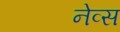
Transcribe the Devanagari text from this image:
नेव्स